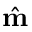
\hat { \mathbf { m } }